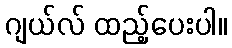
ဂျယ်လ် ထည့်ပေးပါ။